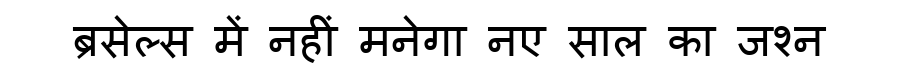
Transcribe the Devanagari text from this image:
ब्रसेल्स में नहीं मनेगा नए साल का जश्न